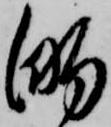
的